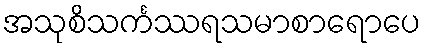
အသုစိသင်္ကဿရသမာစာရောပေ